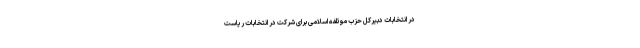
در انتخابات دبیرکل حزب موتلفه اسلامی برای شرکت در انتخابات ریاست